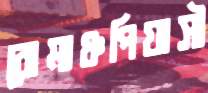
রোমাঞ্চপিয়াসী